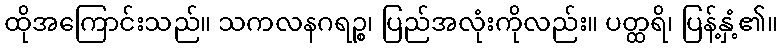
ထိုအကြောင်းသည်။ သကလနဂရဉ္စ၊ ပြည်အလုံးကိုလည်း။ ပတ္ထရိ၊ ပြန့်နှံ့၏။